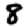
Digit: 8